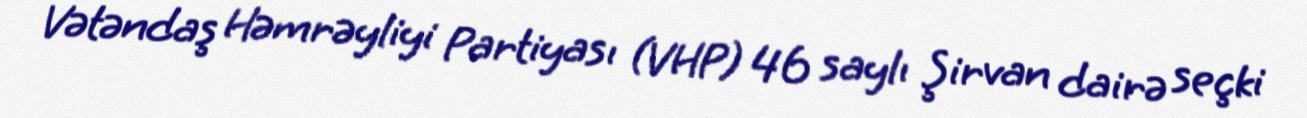
Vətəndaş Həmrəyliyi Partiyası (VHP) 46 saylı Şirvan dairə seçki